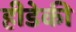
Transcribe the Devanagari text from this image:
हीडेकी